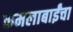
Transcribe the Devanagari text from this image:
कमलाबाईंचा